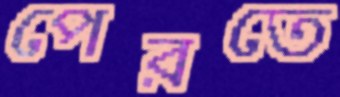
পেরতে